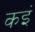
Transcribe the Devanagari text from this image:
कइं